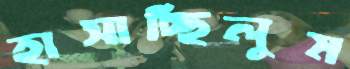
হাসাচ্ছিলুম